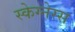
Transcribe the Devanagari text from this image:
स्केग्नेस्स